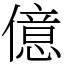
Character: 億